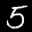
Label: 5